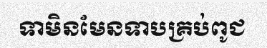
ទាមិនមែនទាបគ្រប់ពូជ